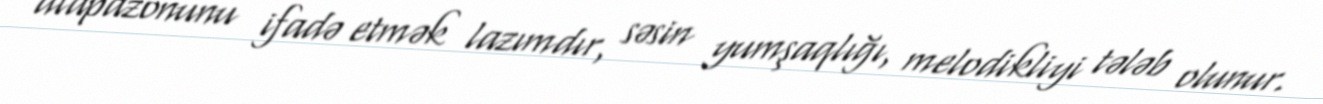
diapazonunu ifadə etmək lazımdır, səsin yumşaqlığı, melodikliyi tələb olunur.